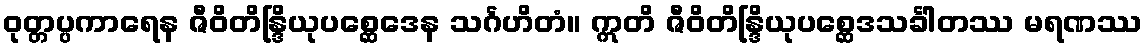
ဝုတ္တပ္ပကာရေန ဇီဝိတိန္ဒြိယုပစ္ဆေဒေန သင်္ဂဟိတံ။ ဣတိ ဇီဝိတိန္ဒြိယုပစ္ဆေဒသင်္ခါတဿ မရဏဿ